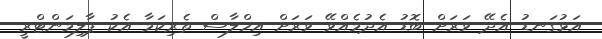
އަޅުގަނޑު އެދޭ ވަރަށް ބޮޑު އެދުމެއްވޭ ވަރަށް އިހްލާސް ތެރިކަމާ އެކު ޕާލިމަންޓްރީ